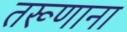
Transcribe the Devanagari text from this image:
तरूणाना